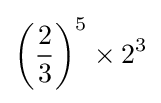
\left({\frac {2}{3}}\right)^{5}\times 2^{3}